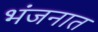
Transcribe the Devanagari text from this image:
भंजनात